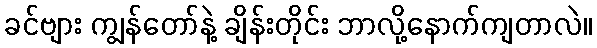
ခင်ဗျား ကျွန်တော်နဲ့ ချိန်းတိုင်း ဘာလို့နောက်ကျတာလဲ။